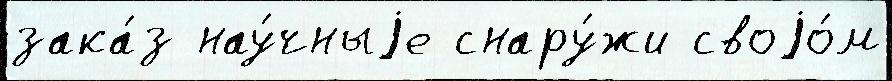
зака́з нау́чныjе снару́жи своjо́м